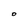
Character: O